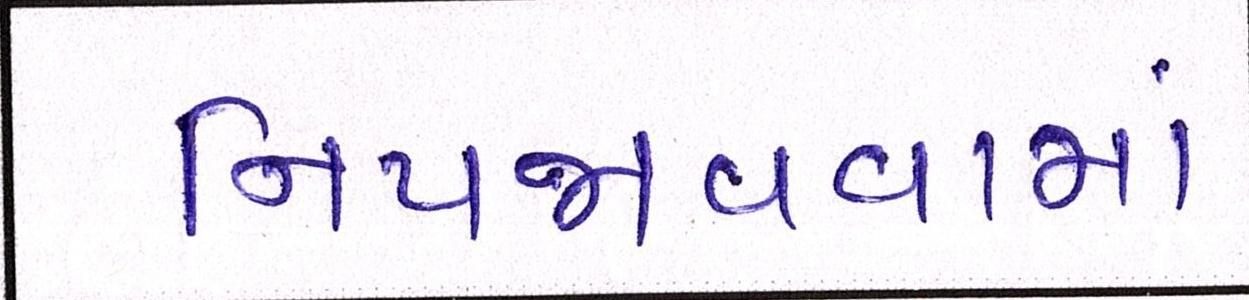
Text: નિપજાવવામાં